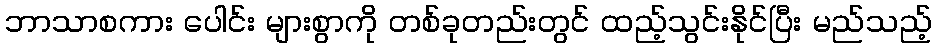
ဘာသာစကား ပေါင်း များစွာကို တစ်ခုတည်းတွင် ထည့်သွင်းနိုင်ပြီး မည်သည့်